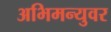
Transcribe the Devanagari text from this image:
अभिमन्युवर